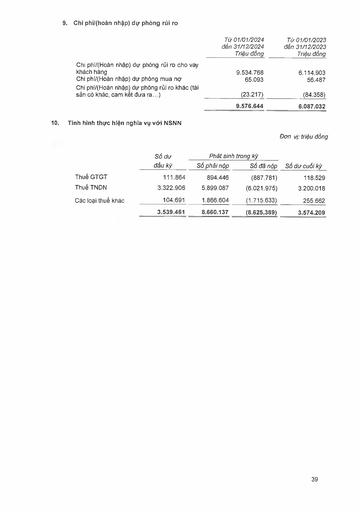
||Từ 01/01/2024 đến 31/12/2024 Triệu đồng|Từ 01/01/2023 đến 31/12/2023 Triệu đồng| |---|---|---| |Chi phí/(Hoàn nhập) dự phòng rủi ro cho vay khách hàng|9.534.768|6.114.903| |Chi phí/(Hoàn nhập) dự phòng mua nợ|65.093|56.487| |Chi phí/(Hoàn nhập) dự phòng rủi ro khác (tài sản có khác, cam kết đưa ra...)|(23.217)|(84.358)| ||9.576.644|6.087.032| ||Số dư|Phát sinh|trong kỳ|| |---|---|---|---|---| ||đầu kỳ|Số phải nộp|Số đã nộp|Số dư cuối kỳ| |Thuế GTGT|111.864|894.446|(887.781)|118.529| |Thuế TNDN|3.322.906|5.899.087|(6.021.975)|3.200.018| |Các loại thuế khác|104.691|1.866.604|(1.715.633)|255.662| ||3.539.461|8.660.137|(8.625.389)|3.574.209|